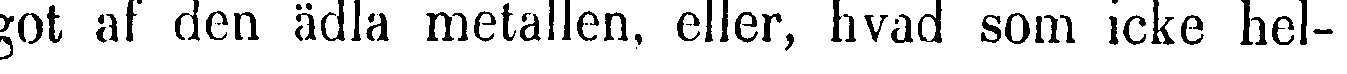
got af den ädla metallen, eller, hvad som, icke hel-